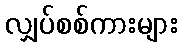
လျှပ်စစ်ကားများ